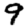
Digit: 9